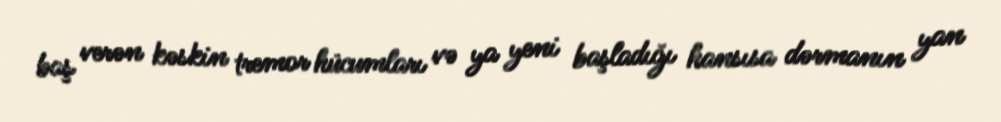
baş verən kəskin tremor hücumları və ya yeni başladığı hansısa dərmanın yan